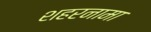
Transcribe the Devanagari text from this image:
शहरनामा